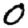
Digit: 0